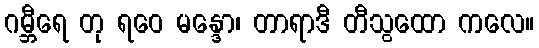
ဂမ္ဘီရေ တု ရဝေ မန္ဒော၊ တာရာဒီ တီသွထော ကလေ။